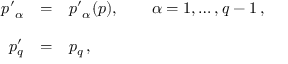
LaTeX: \begin{array} { r c l } { { { p ^ { \prime } } _ { \alpha } } } & { { = } } & { { { p ^ { \prime } } _ { \alpha } ( p ) , \qquad \alpha = 1 , \ldots , q - 1 \, , } } \\ { { } } & { { } } & { { } } \\ { { p _ { q } ^ { \prime } } } & { { = } } & { { p _ { q } \, , } } \end{array}